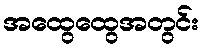
အထွေထွေအတွင်း